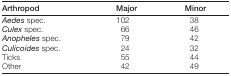
<table><thead><tr><td><b>Arthropod</b></td><td><b>Major</b></td><td><b>Minor</b></td></tr></thead><tbody><tr><td><i>Aedes</i> spec.</td><td>102</td><td>38</td></tr><tr><td><i>Culex</i> spec.</td><td>66</td><td>46</td></tr><tr><td><i>Anopheles</i> spec.</td><td>79</td><td>42</td></tr><tr><td><i>Culicoides</i> spec.</td><td>24</td><td>32</td></tr><tr><td>Ticks</td><td>55</td><td>44</td></tr><tr><td>Other</td><td>42</td><td>49</td></tr></tbody></table>